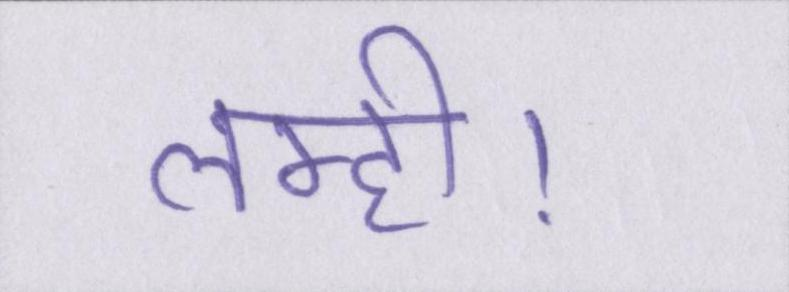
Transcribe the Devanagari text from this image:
लमही।